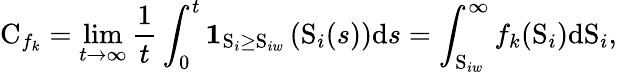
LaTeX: \mathrm{C}_{f_{k}}=\operatorname*{lim}_{t\rightarrow\infty}\frac{1}{t}\int_{0}^{t}\mathbf{1}_{\mathrm{S}_{i}\geq\mathrm{S}_{iw}}\left(\mathrm{S}_{i}(s)\right)\mathrm{d}s=\int_{\mathrm{S}_{iw}}^{\infty}f_{k}(\mathrm{S}_{i})\mathrm{d}\mathrm{S}_{i},